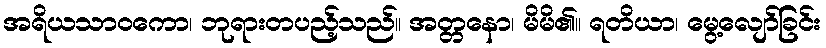
အရိယသာဝကော၊ ဘုရားတပည့်သည်။ အတ္တနော၊ မိမိ၏။ ရတိယာ၊ မွေ့လျော်ခြင်း